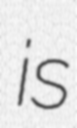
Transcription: is